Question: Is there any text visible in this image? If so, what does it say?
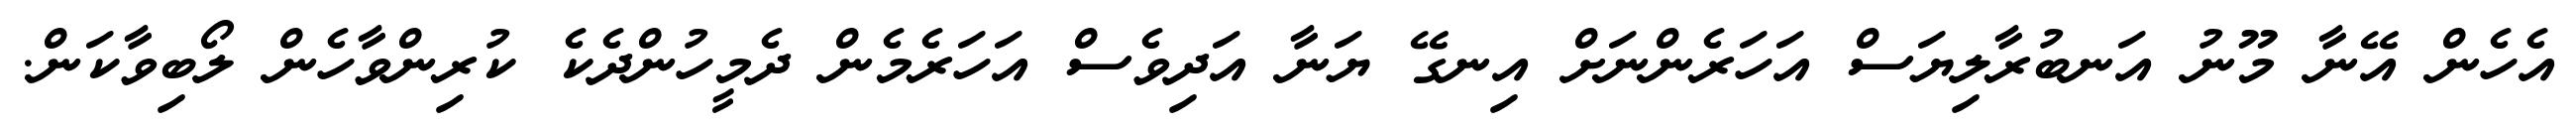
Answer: އެހެން އޭނާ މޫނު އަނބުރާލިޔަސް އަހަރެންނަށް އިނގޭ ޔަނާ އަދިވެސް އަހަރެމެން ދެމީހުންދެކެ ކުރިންވާހެން ލޯބިވާކަން.